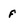
Character: f